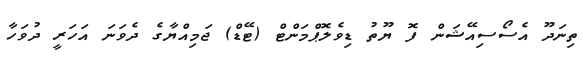
ތިނަދޫ އެސޯސިއޭޝަން ފޮ ޔޫތު ޑިވެލޮޕްމަންޓް (ޓޭޑް) ޖަމިއްޔާގެ ދެވަނަ އަހަރީ ދުވަހާ